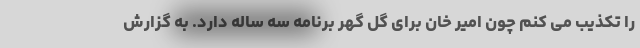
را تکذیب می کنم چون امیر خان برای گل گهر برنامه سه ساله دارد. به گزارش